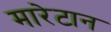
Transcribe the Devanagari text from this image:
मारेटान